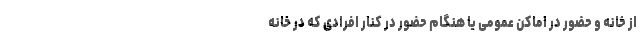
از خانه و حضور در اماکن عمومی یا هنگام حضور در کنار افرادی که در خانه